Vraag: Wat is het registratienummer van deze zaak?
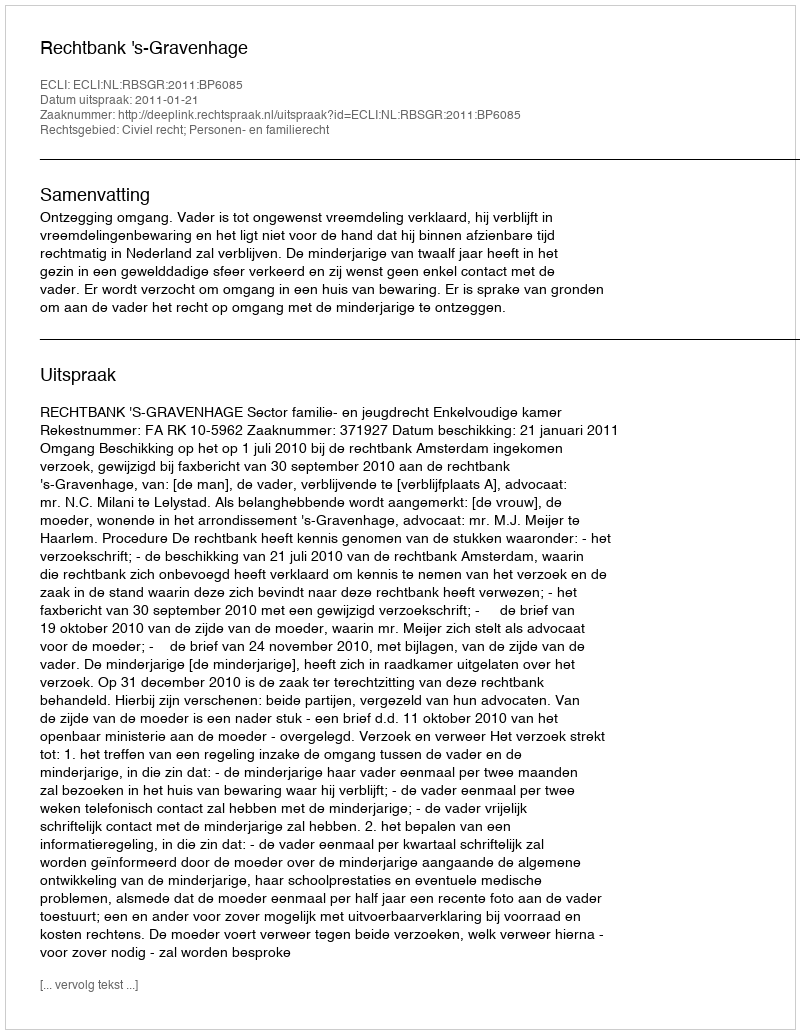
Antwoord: http://deeplink.rechtspraak.nl/uitspraak?id=ECLI:NL:RBSGR:2011:BP6085